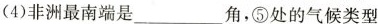
(4)非洲最南端是___角，⑤处的气候类型